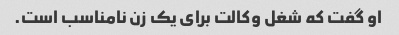
او گفت که شغل وکالت برای یک زن نامناسب است.